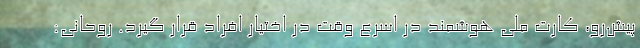
پیش‌رو، کارت ملی هوشمند در اسرع وقت در اختیار افراد قرار گیرد. روحانی: